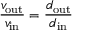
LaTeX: { \frac { v _ { \mathrm { o u t } } } { v _ { \mathrm { i n } } } } = { \frac { d _ { \mathrm { o u t } } } { d _ { \mathrm { i n } } } }